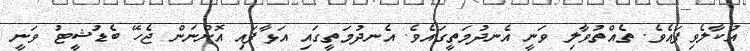
އުކާލެވިފައެވެ. ތެއްތުވާލި ވަނީ އެނދުމަތީގައެވެ. އެނދުމަތީގައި އަޅާފައި އޮންނަން ޖެހޭ ބެޑުޝީޓު ވަނީ